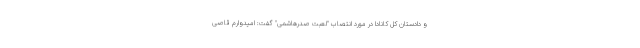
و دادستان کل کانادا در مورد انتصاب "لعبت صدرهاشمی" گفت: امیدوارم قاصی